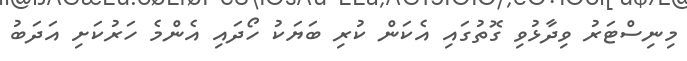
މިނިސްޓަރު ވިދާޅުވި ގޮތުގައި އެކަން ކުރި ބަޔަކު ހޯދައި އެންމެ ހަރުކަށި އަދަބު